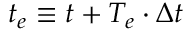
t _ { e } \equiv t + { T _ { e } } \cdot \Delta t